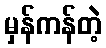
မှန်ကန်တဲ့